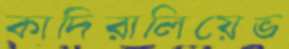
কাদিরালিয়েভ